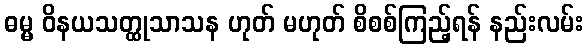
ဓမ္မ ဝိနယသတ္ထုသာသန ဟုတ် မဟုတ် စိစစ်ကြည့်ရန် နည်းလမ်း